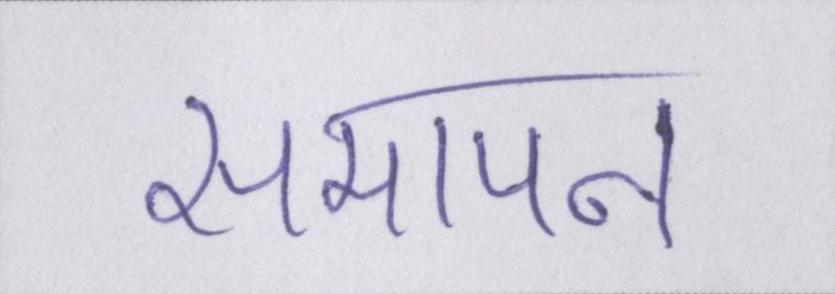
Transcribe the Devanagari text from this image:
समापन